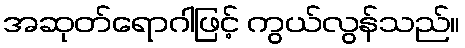
အဆုတ်ရောဂါဖြင့် ကွယ်လွန်သည်။